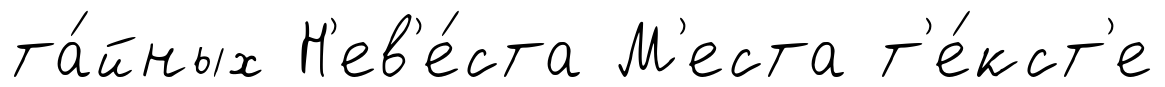
та́йных Н'ев'е́ста М'еста т'е́кст'е